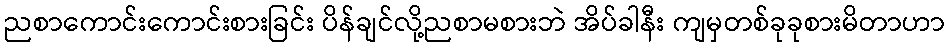
ညစာကောင်းကောင်းစားခြင်း ပိန်ချင်လို့ညစာမစားဘဲ အိပ်ခါနီး ကျမှတစ်ခုခုစားမိတာဟာ